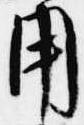
用